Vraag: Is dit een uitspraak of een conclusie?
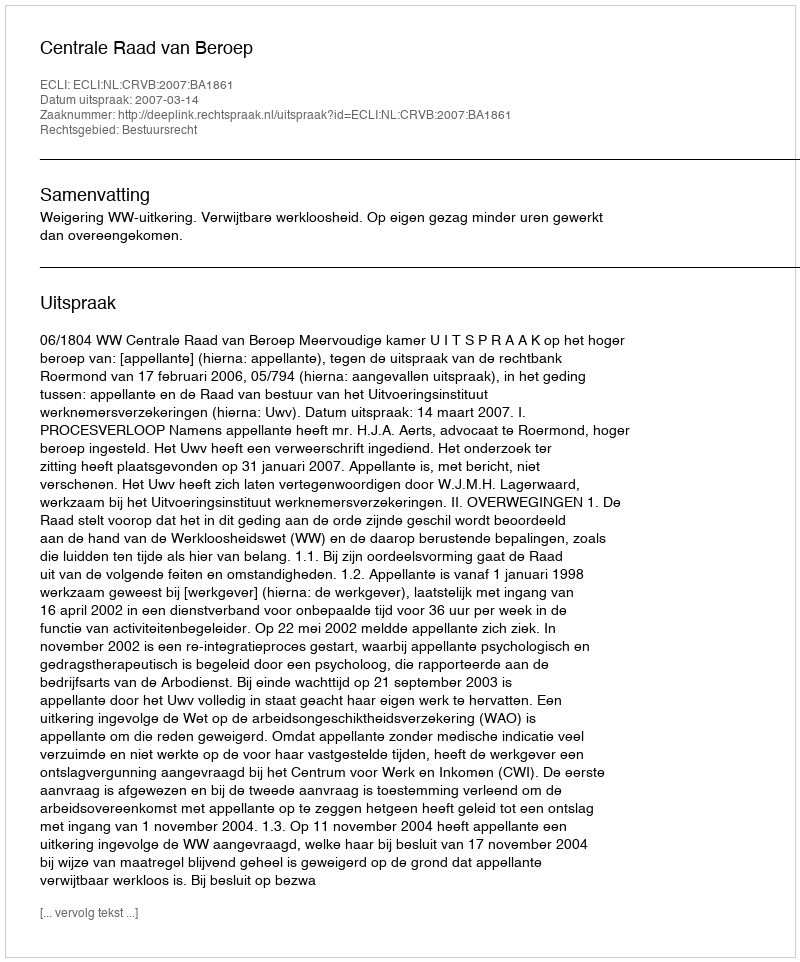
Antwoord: Uitspraak